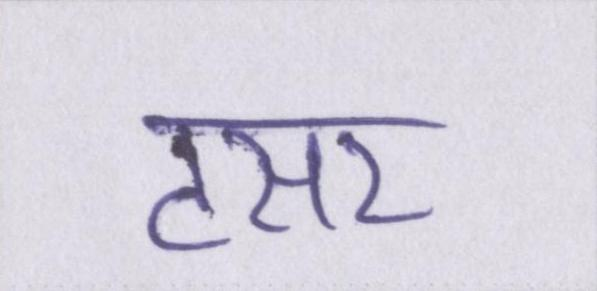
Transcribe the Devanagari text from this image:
टसर